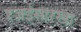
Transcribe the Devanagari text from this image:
रजईसारखा